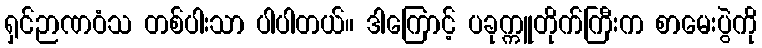
ရှင်ဉာဏဝံသ တစ်ပါးသာ ပါပါတယ်။ ဒါကြောင့် ပခုက္ကူတိုက်ကြီးက စာမေးပွဲကို